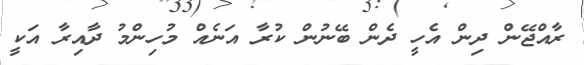
ރާއްޖޭން ދިން އެހީ ދެން ބޭނުން ކުރާ އަނެއް މުހިންމު ދާއިރާ އަކީ